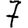
Digit: 7